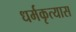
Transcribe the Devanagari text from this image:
धर्मकृत्यास